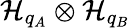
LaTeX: \mathcal{H}_{q_{A}}\otimes\mathcal{H}_{q_{B}}